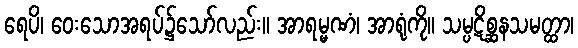
ရေပိ၊ ဝေးသောအရပ်၌သော်လည်း။ အာရမ္မဏံ၊ အာရုံကို။ သမ္ပဋိစ္ဆနသမတ္ထာ၊